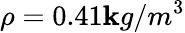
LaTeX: \rho=0.41\mathbf{k}g/m^{3}